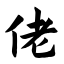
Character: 佬